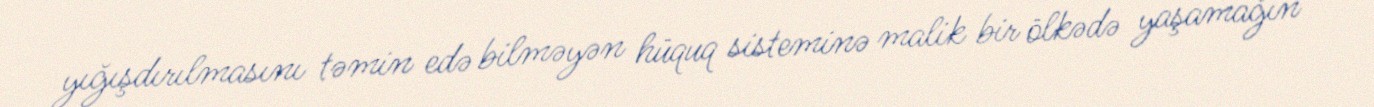
yığışdırılmasını təmin edə bilməyən hüquq sisteminə malik bir ölkədə yaşamağın